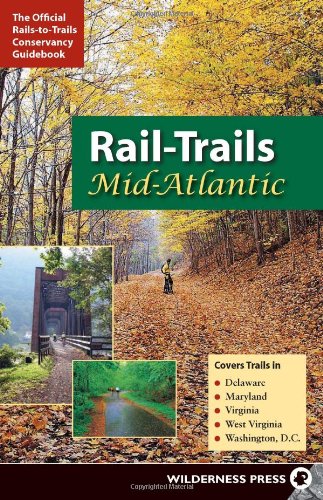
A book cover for Rail-Trails Mid-Atlantic: Delaware, Maryland, Virginia, Washington DC and West Virginia; Rails-to-Trails Conservancy; Travel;